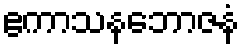
ဧကာသနဘောဇနံ